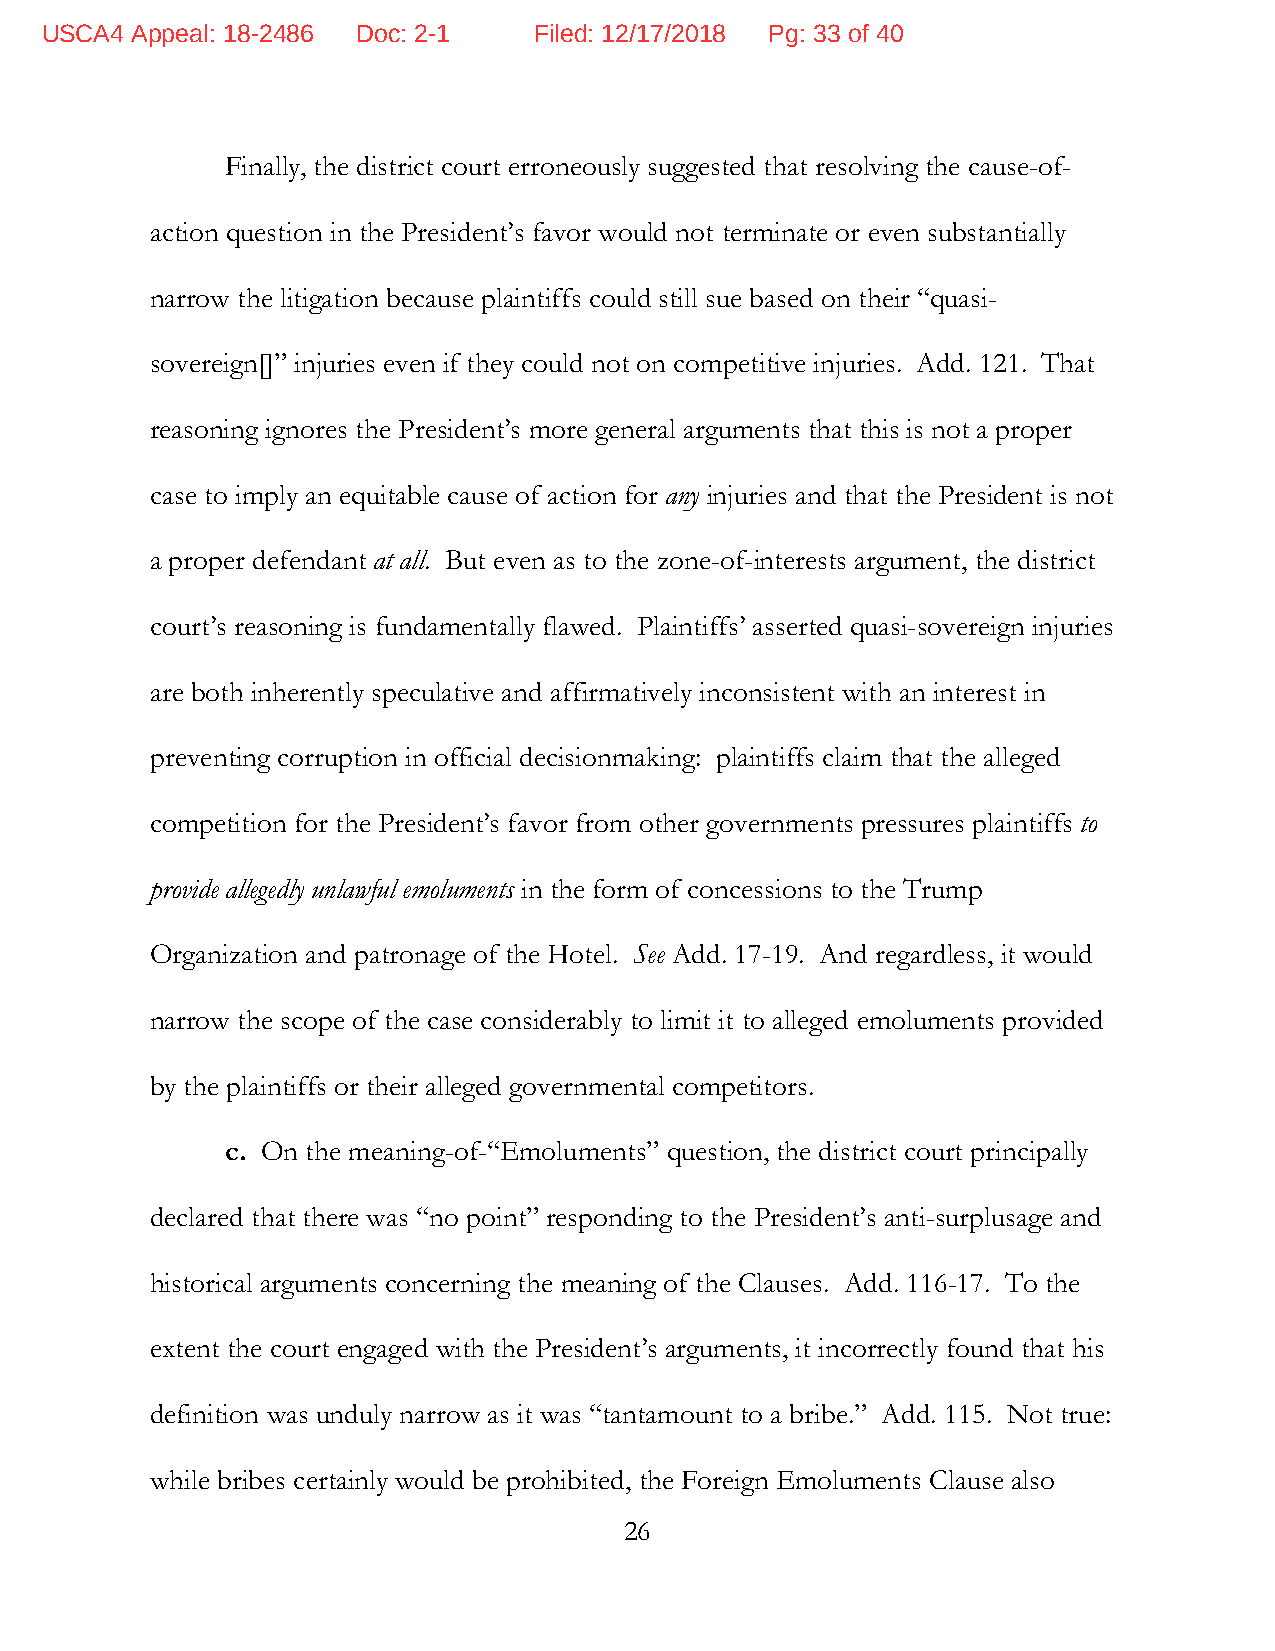
USCA4 Appeal: 18-2486 Doc: 2-1  Filed: 12/17/2018 Pg: 33 of 40
 Finally, the district court erroneously suggested that resolving the cause-of-
 action question in the President’s favor would not terminate or even substantially
 narrow the litigation because plaintiffs could still sue based on their “quasi-
 sovereign[]” injuries even if they could not on competitive injuries. Add. 121. That
 reasoning ignores the President’s more general arguments that this is not a proper
 case to imply an equitable cause of action for any injuries and that the President is not
 a proper defendant at all. But even as to the zone-of-interests argument, the district
 court’s reasoning is fundamentally flawed. Plaintiffs’ asserted quasi-sovereign injuries
 are both inherently speculative and affirmatively inconsistent with an interest in
 preventing corruption in official decisionmaking: plaintiffs claim that the alleged
 competition for the President’s favor from other governments pressures plaintiffs to
 provide allegedly unlawful emoluments in the form of concessions to the Trump
 Organization and patronage of the Hotel. See Add. 17-19. And regardless, it would
 narrow the scope of the case considerably to limit it to alleged emoluments provided
 by the plaintiffs or their alleged governmental competitors.
 c. On the meaning-of-“Emoluments” question, the district court principally
 declared that there was “no point” responding to the President’s anti-surplusage and
 historical arguments concerning the meaning of the Clauses. Add. 116-17. To the
 extent the court engaged with the President’s arguments, it incorrectly found that his
 definition was unduly narrow as it was “tantamount to a bribe.” Add. 115. Not true:
 while bribes certainly would be prohibited, the Foreign Emoluments Clause also
 26